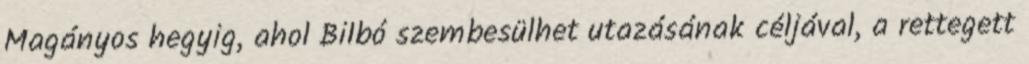
Magányos hegyig, ahol Bilbó szembesülhet utazásának céljával, a rettegett